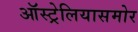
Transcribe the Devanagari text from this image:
ऑस्ट्रेलियासमोर